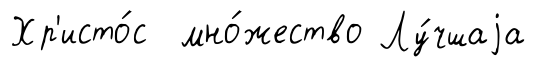
Хр'исто́с мно́жество Лу́чшаjа